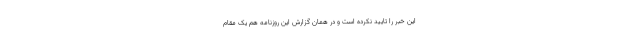
این خبر را تایید نکرده است و در همان گزارش این روزنامه هم یک مقام